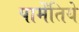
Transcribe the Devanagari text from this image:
पार्मेंतिये